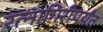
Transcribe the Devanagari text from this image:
रत्‍नागिरीपर्यंत